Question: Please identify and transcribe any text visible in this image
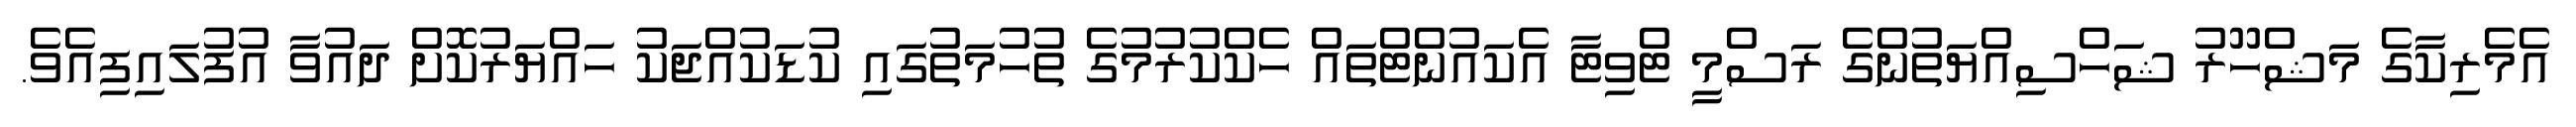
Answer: އެމެރިކާގެ މަޝްހޫރު ޝަހްސިއްޔަތުންގެ ރަސްމީ ޓްވިޓާ އެކައުންޓްތައް ހެކްކުރުމުގެ ތުހުމަތުގައި ކުޑަކުއްޖަކު ހައްޔަރުކޮށް ދައުވާ އުފުލައިފިއެވެ.